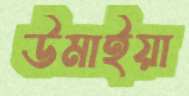
উমাইয়া